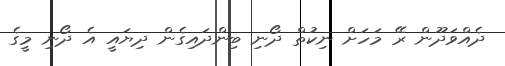
ދެއްވަދޫން ރޭ މަހަށް ނިކުތް ދޯނި ބިންދައިގެން ދިޔައީ އެ ދޯނި މީގެ